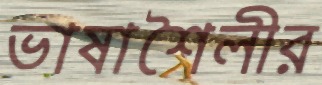
ভাষাশৈলীর